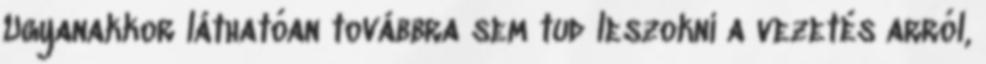
Ugyanakkor láthatóan továbbra sem tud leszokni a vezetés arról,